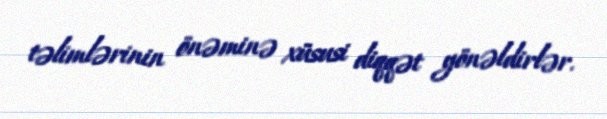
təlimlərinin önəminə xüsusi diqqət yönəldirlər.